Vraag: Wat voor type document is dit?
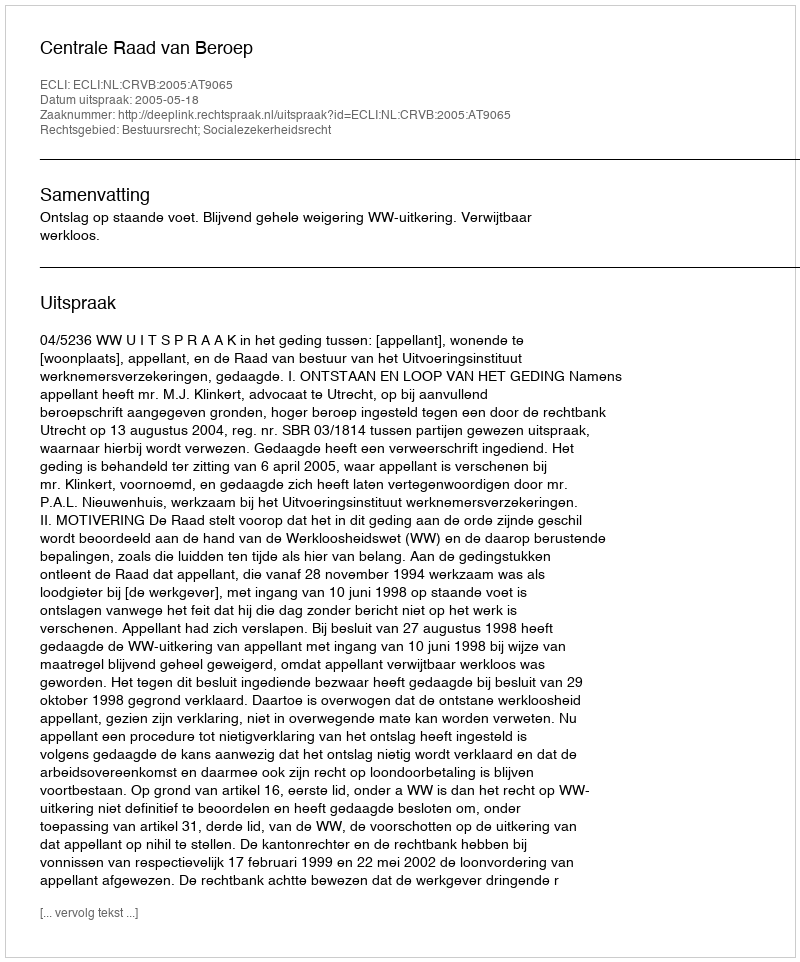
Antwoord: Uitspraak